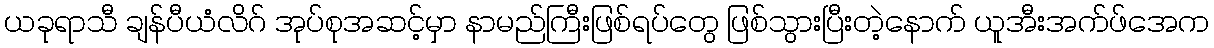
ယခုရာသီ ချန်ပီယံလိဂ် အုပ်စုအဆင့်မှာ နာမည်ကြီးဖြစ်ရပ်တွေ ဖြစ်သွားပြီးတဲ့နောက် ယူအီးအက်ဖ်အေက